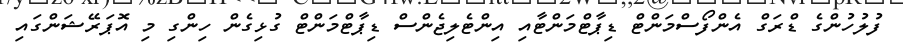
ފުލުހުންގެ ޑްރަގް އެންފޯސްމަންޓް ޑިޕާޓްމަންޓާއި އިންޓެލިޖެންސް ޑިޕާޓްމަންޓް ގުޅިގެން ހިންގި މި އޮޕަރޭޝަންގައި